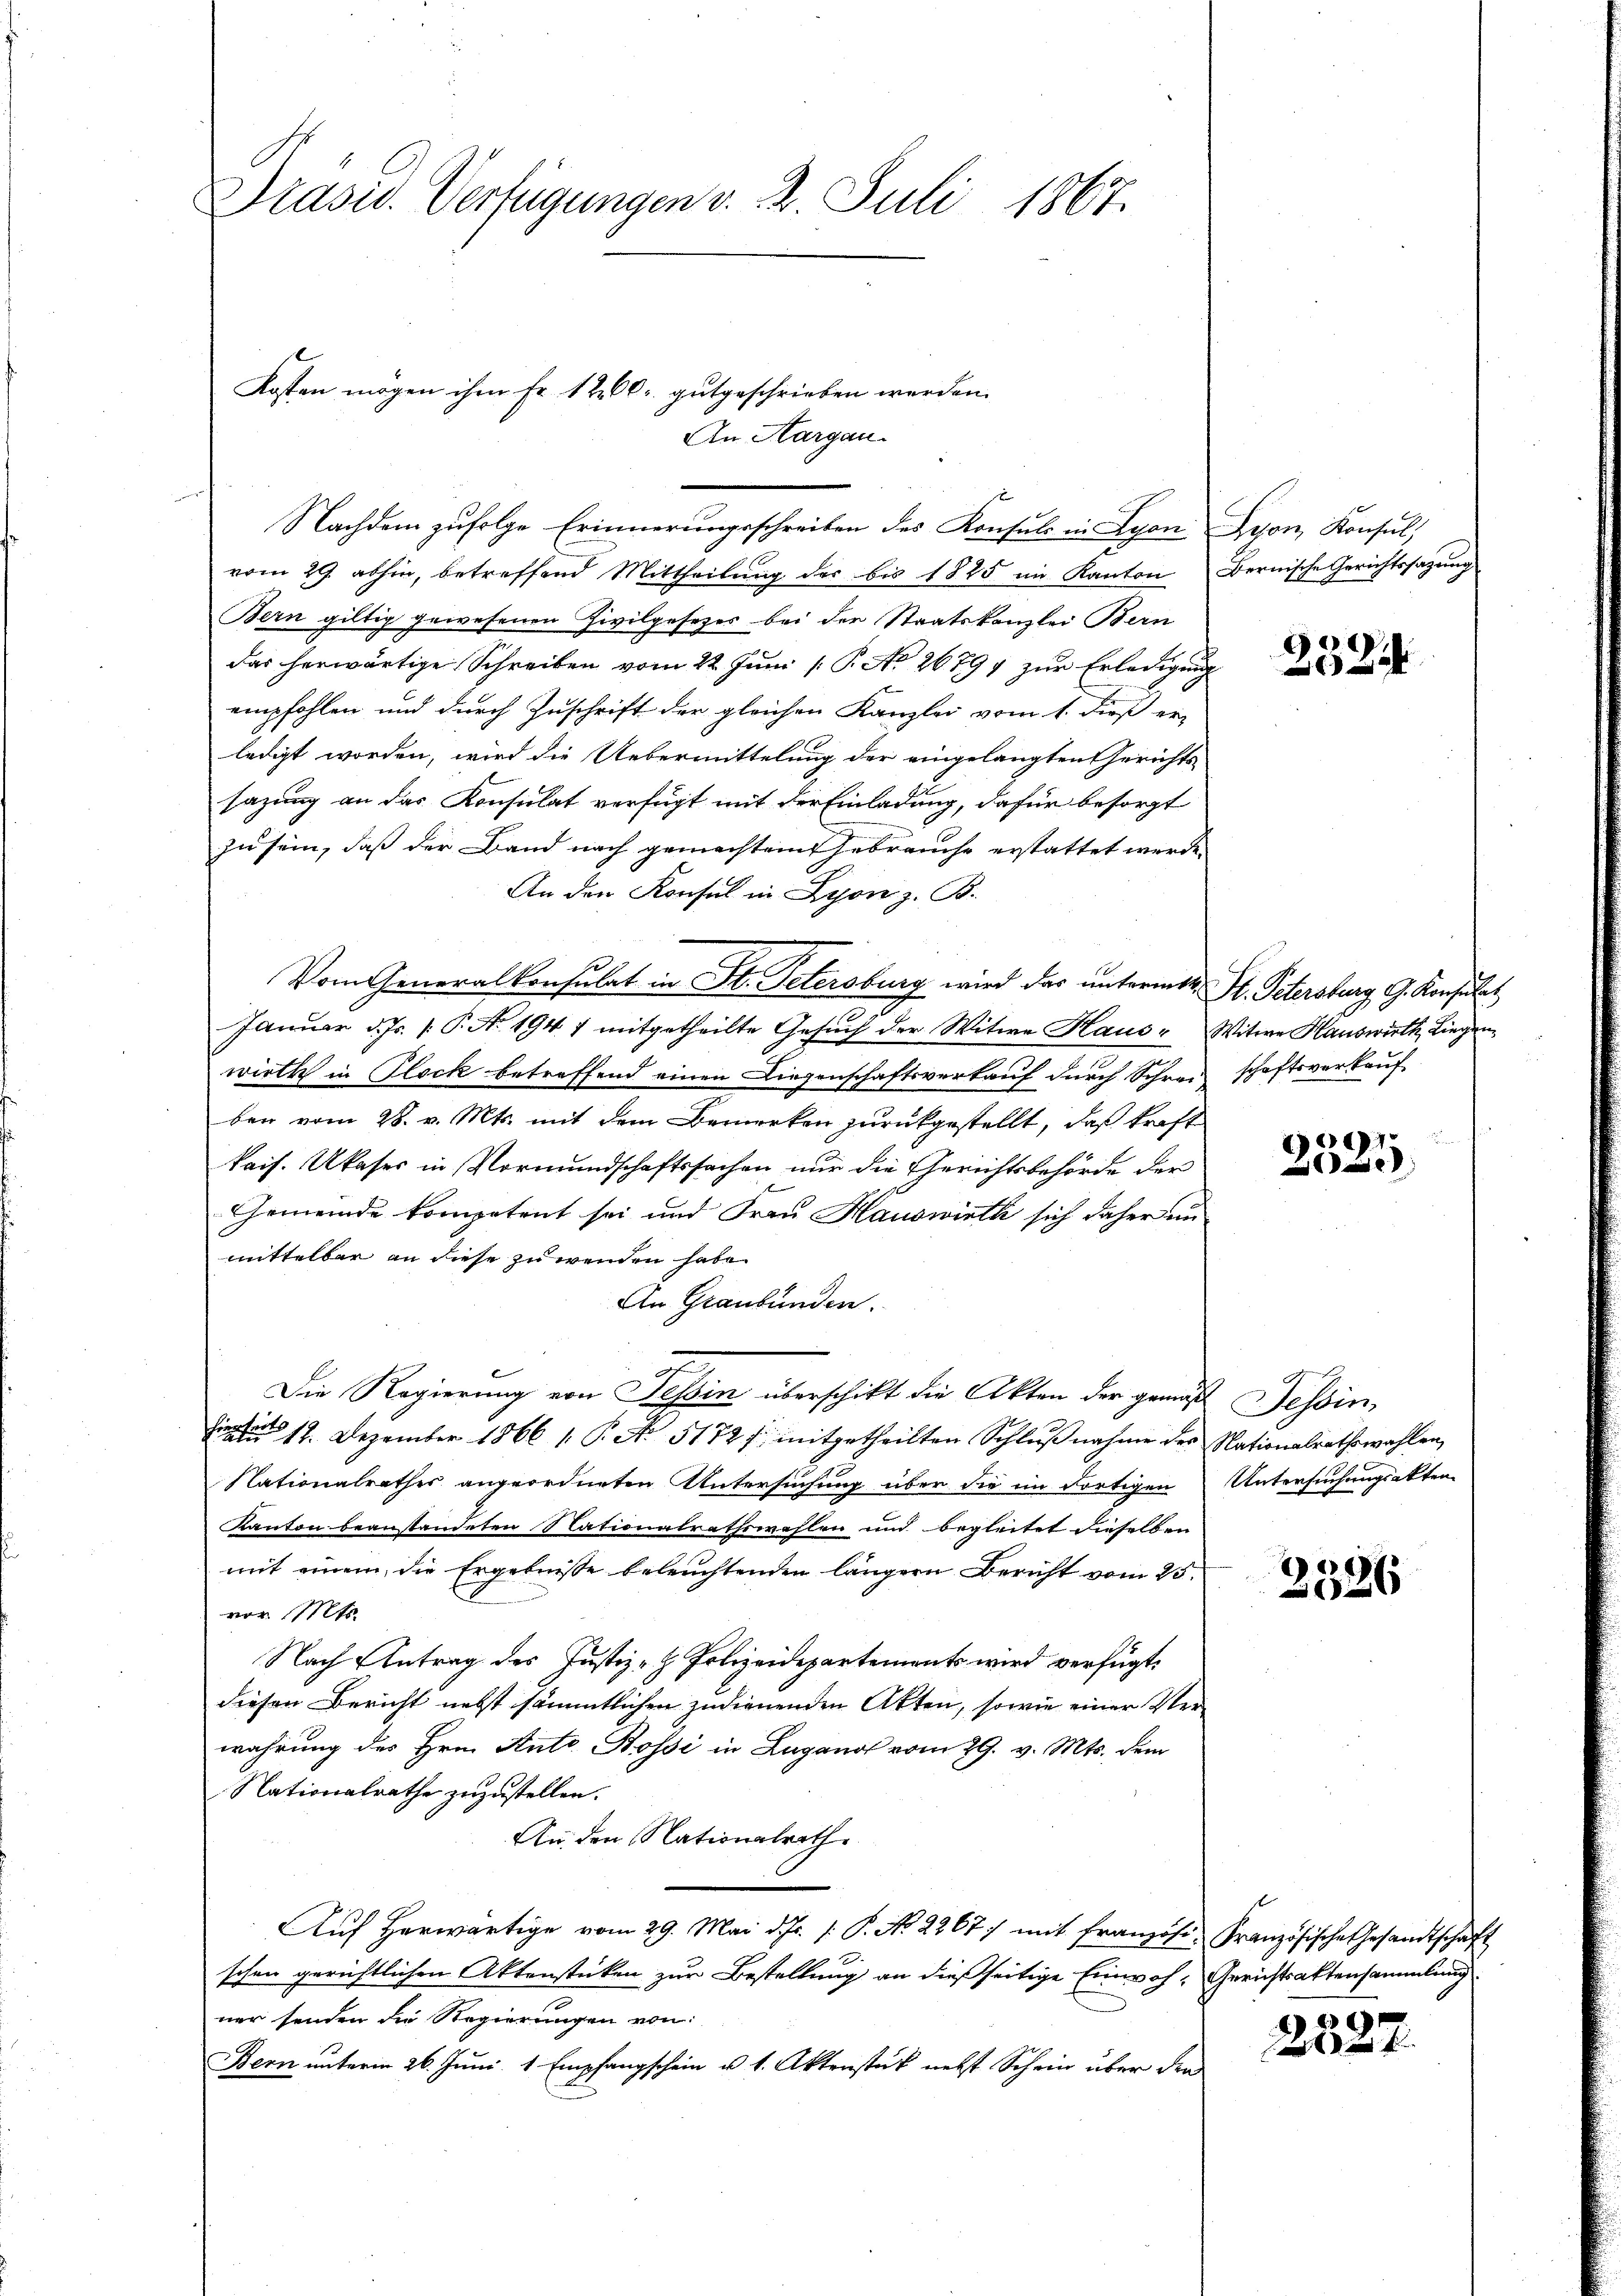
Präsid. Verfügungen v. 2. Juli 1867.

Kosten mögen ihm Fr. 1200. gutgeschrieben werden.

An Hargau.

Nachdem zufolge Erinnerungsschreiben des Konsuls in Lyon Seon, Konsul,
vom 29. abhin, betreffend Mittheilung der bis 1825 im Kanton Bernische Gerichtssagung
Bern giltig gewesenen Zivilgesetzes bei der Staatskanzlei Bern
das herwärtige Schreiben vom 22. Jŭni /: P. A. 26797 zŭr Erledigŭng
empfohlen und durch Zuschrift der gleichen Kanzlei vom 1. dieß er
ledigt worden, wird die Uebermittelung der eingelangten Gerichts-
sazung an das Konsulat verfügt mit der Einladung, dafür besorgt
zu sein, daß der Band nach gemachtem Gebrauche erstattet werde.
An den Konsul in Lyon z. B.
Vom Generalkonsulat in St. Petersburg wird das untermit H. Petersburg, G. Konsulat
Januar d. Js. P. Nr. 1941 mitgetheilte Gesuch der Witwe Haus Witwe Hauswirth Liegenwirkt in Glock betreffend einen Liegenschaftsverkauf durch Schrei schaftsverkaufben vom 28. v. Mts. mit dem Bemerken zurückgestellt, daß kraft
kais. Ukaser in Vormundschaftssachen nur die Gerichtsbehörde der
Gemeinde kompetent sei und Frau Hauswirth sich daher un
mittelbar an diese zu wenden habe.
An Graubünden.
Die Regierung von Tessin überschikt die Akten der gemäß Tessin,
Einat 17. Dezember 1866 1. P. No. 5172 f. mitgetheilten Schlŭβnahme des Nationalrathswahlen,
Nationalrathes angeordneten Untersuchung über die im dortigen Untersuchungsakten
Kanton beanstandeten Nationalrathswahlen und begleitet dieselben
mit einem die Ergebnisse beleuchtenden längern Bericht vom 25.
von 11t
Nach Antrag des Justiz- & Polizeidepartements wird verfügt:
diesen Bericht nebst sämmtlichen zudienenden Akten, sowie einer Verwahrung des Hrn. Ant. Bossi in Lugano vom 29. v. Mts. dem
Nationalrathe zuzustellen.
An den Nationalrath.
Aŭf herwärtige vom 29. Mai d. Js. s. P. No. 2267) mit Französ. Französische Gesandtschaft
schen gerichtlichen Aktenstücken zur Bestellung an dießseitige Einwoh- Gerichtsaktensammlung
ner senden die Regierungen von
Bern unterm 26. Juni, 1 Empfangschein u. s. Aktenstük nebst Schein über den

2324

2091
e

8)
26

2827.